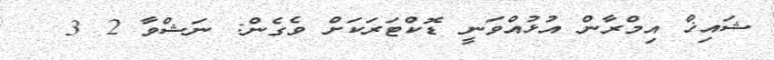
ޝައިޚް އިމްރާން އުޅުއްވަނީ ޑޮކްޓަރަކަށް ވެގެން: ނަޝްވާ 2 3